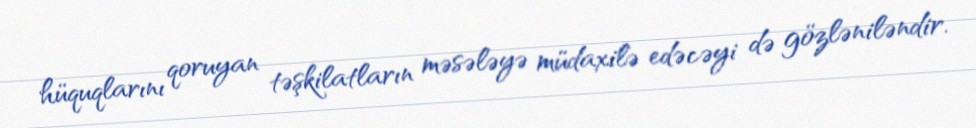
hüquqlarını qoruyan təşkilatların məsələyə müdaxilə edəcəyi də gözləniləndir.